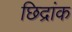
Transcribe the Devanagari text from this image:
छिद्रांक